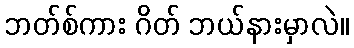
ဘတ်စ်ကား ဂိတ် ဘယ်နားမှာလဲ။